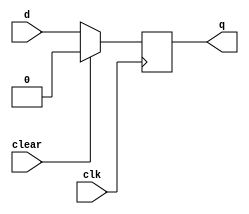
`timescale 1ns / 1ps
//////////////////////////////////////////////////////////////////////////////////
// Company: 
// Engineer: 
// 
// Design Name: 
// Module Name: dff_clear
// Project Name: 
// Target Devices: 
// Tool Versions: 
// Description: 
// 
// Dependencies: 
// 
// Revision:
// Revision 0.01 - File Created
// Additional Comments:
// 
//////////////////////////////////////////////////////////////////////////////////


module dff_clear(d,clear,clk,q);
    input d,clear,clk;
    output reg q;
    
    always@(posedge clk)
    begin
        if(clear)
            q=0;
        else
            q=d;
    end
endmodule